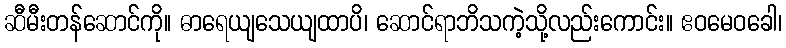
ဆီမီးတန်ဆောင်ကို။ ဓာရေယျသေယျထာပိ၊ ဆောင်ရာဘိသကဲ့သို့လည်းကောင်း။ ဧဝမေဝခေါ၊